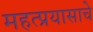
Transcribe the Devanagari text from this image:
महत्प्रयासाचे